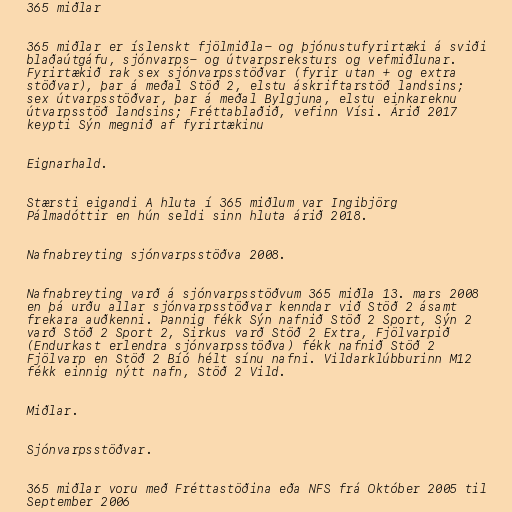
365 miðlar

365 miðlar er íslenskt fjölmiðla- og þjónustufyrirtæki á sviði
blaðaútgáfu, sjónvarps- og útvarpsreksturs og vefmiðlunar.
Fyrirtækið rak sex sjónvarpsstöðvar (fyrir utan + og extra
stöðvar), þar á meðal Stöð 2, elstu áskriftarstöð landsins;
sex útvarpsstöðvar, þar á meðal Bylgjuna, elstu einkareknu
útvarpsstöð landsins; Fréttablaðið, vefinn Vísi. Árið 2017
keypti Sýn megnið af fyrirtækinu

Eignarhald.

Stærsti eigandi A hluta í 365 miðlum var Ingibjörg
Pálmadóttir en hún seldi sinn hluta árið 2018.

Nafnabreyting sjónvarpsstöðva 2008.

Nafnabreyting varð á sjónvarpsstöðvum 365 miðla 13. mars 2008
en þá urðu allar sjónvarpsstöðvar kenndar við Stöð 2 ásamt
frekara auðkenni. Þannig fékk Sýn nafnið Stöð 2 Sport, Sýn 2
varð Stöð 2 Sport 2, Sirkus varð Stöð 2 Extra, Fjölvarpið
(Endurkast erlendra sjónvarpsstöðva) fékk nafnið Stöð 2
Fjölvarp en Stöð 2 Bíó hélt sínu nafni. Vildarklúbburinn M12
fékk einnig nýtt nafn, Stöð 2 Vild.

Miðlar.

Sjónvarpsstöðvar.

365 miðlar voru með Fréttastöðina eða NFS frá Október 2005 til
September 2006